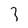
Character: 3